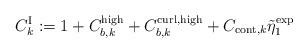
LaTeX: \begin{align*}C_{k}^{\operatorname*{I}}:=1+C_{b,k}^{\operatorname*{high}}+C_{b,k}^{\operatorname*{curl},\operatorname*{high}}+C_{\operatorname*{cont},k}\tilde{\eta}_{1}^{\exp} \end{align*}